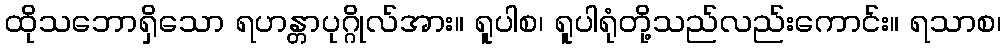
ထိုသဘောရှိသော ရဟန္တာပုဂ္ဂိုလ်အား။ ရူပါစ၊ ရူပါရုံတို့သည်လည်းကောင်း။ ရသာစ၊